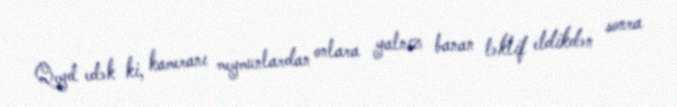
Qeyd edək ki, kameranı meymunlardan onlara yalnız banan təklif etdikdən sonra